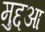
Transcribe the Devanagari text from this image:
मुद्दआ